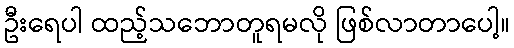
ဦးရေပါ ထည့်သဘောတူရမလို ဖြစ်လာတာပေါ့။